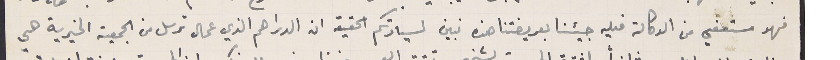
فهو مستعفي من الوكالة فعليه جيئنا بعريضتنا هذه نبين لسيادتكم الحقيقه ان الدراهم الذي عمال ترسل من الجمعية الخيرية هي